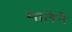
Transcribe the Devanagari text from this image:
मातेने